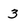
Character: 3